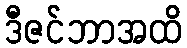
ဒီဇင်ဘာအထိ